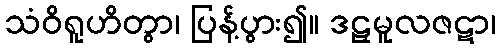
သံဝိရူဟိတွာ၊ ပြန့်ပွား၍။ ဒဠှမူလဇဋာ၊